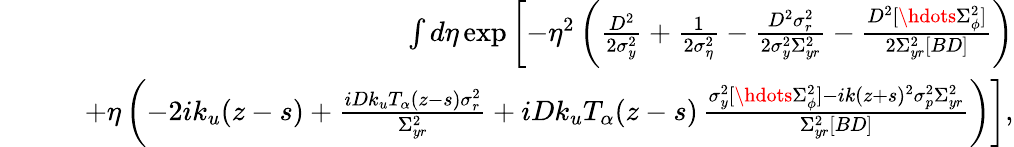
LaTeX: \begin{array}{rlr}&{}&{\int d\eta\exp\left[-\eta^{2}\left(\frac{D^{2}}{2\sigma_{y}^{2}}+\frac{1}{2\sigma_{\eta}^{2}}-\frac{D^{2}\sigma_{r}^{2}}{2\sigma_{y}^{2}\Sigma_{yr}^{2}}-\frac{D^{2}[\hdots\Sigma_{\phi}^{2}]}{2\Sigma_{yr}^{2}[BD]}\right)\right.}\\ &{}&{\quad\left.+\eta\left(-2ik_{u}(z-s)+\frac{iDk_{u}T_{\alpha}(z-s)\sigma_{r}^{2}}{\Sigma_{yr}^{2}}+iDk_{u}T_{\alpha}(z-s)\, \frac{\sigma_{y}^{2}[\hdots\Sigma_{\phi}^{2}]-ik(z+s)^{2}\sigma_{p}^{2}\Sigma_{yr}^{2}}{\Sigma_{yr}^{2}[BD]}\right)\right],}\end{array}